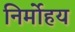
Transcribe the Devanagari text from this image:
निर्मोहय